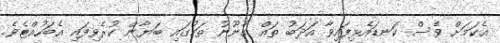
އެކަމަށް ވެސް ކަނޑައެޅިފައިވާ އަދަބު ތައް ގާނޫނު ތަކުގައި ބަޔާން ކުރެވިފައި އެބަހުއްޓެވެ.